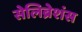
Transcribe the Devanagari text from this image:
सेलिब्रेशंस